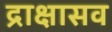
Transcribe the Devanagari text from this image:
द्राक्षासव